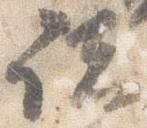
諸